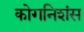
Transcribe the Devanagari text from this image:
कोगनिशंस